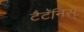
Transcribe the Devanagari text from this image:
टैटॅनिस्